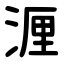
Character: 湹